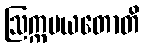
ဩက္ကမယတောတိ